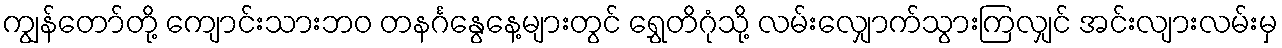
ကျွန်တော်တို့ ကျောင်းသားဘဝ တနင်္ဂနွေနေ့များတွင် ရွှေတိဂုံသို့ လမ်းလျှောက်သွားကြလျှင် အင်းလျားလမ်းမှ